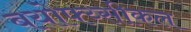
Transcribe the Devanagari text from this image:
बयोफ्य्सीकल